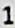
1